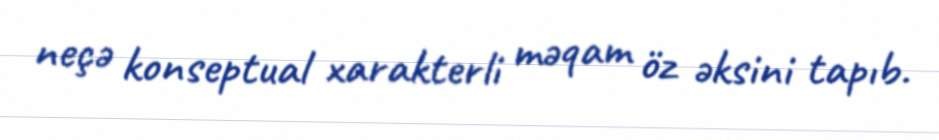
neçə konseptual xarakterli məqam öz əksini tapıb.